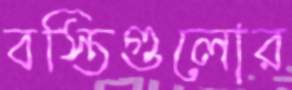
বস্তিগুলোর